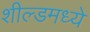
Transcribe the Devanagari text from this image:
शील्डमध्ये